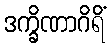
ဒက္ခိဏာဂိရိံ